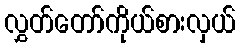
လွှတ်တော်ကိုယ်စားလှယ်